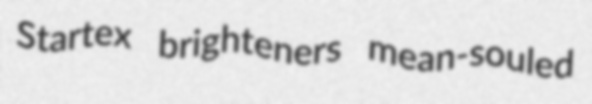
Startex brighteners mean-souled